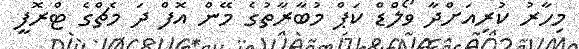
މިހާރު ކުރިއަށްދާ ވޯލްޑް ކަޕް މުބާރާތުގެ މޭން އޮފް ދަ މެޗްގެ ޓްރޮފީ